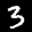
Label: 3